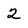
Character: 2